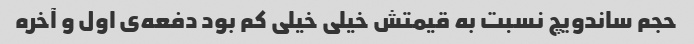
حجم ساندویچ نسبت به قیمتش خیلی خیلی کم بود دفعه‌ی اول و آخره